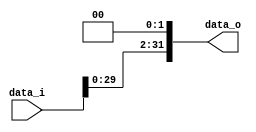
//Subject:     LAB4
//--------------------------------------------------------------------------------
//Version:     1
//--------------------------------------------------------------------------------
//Writer:      
//----------------------------------------------
//----------------------------------------------
//Description:
//--------------------------------------------------------------------------------

module Shift_Left_Two_32(
    data_i,
    data_o
  );

  //I/O ports
  input [32-1:0] data_i;
  output [32-1:0] data_o;

  //shift left 2
  assign data_o = {data_i[30-1:0],2'b00};
endmodule